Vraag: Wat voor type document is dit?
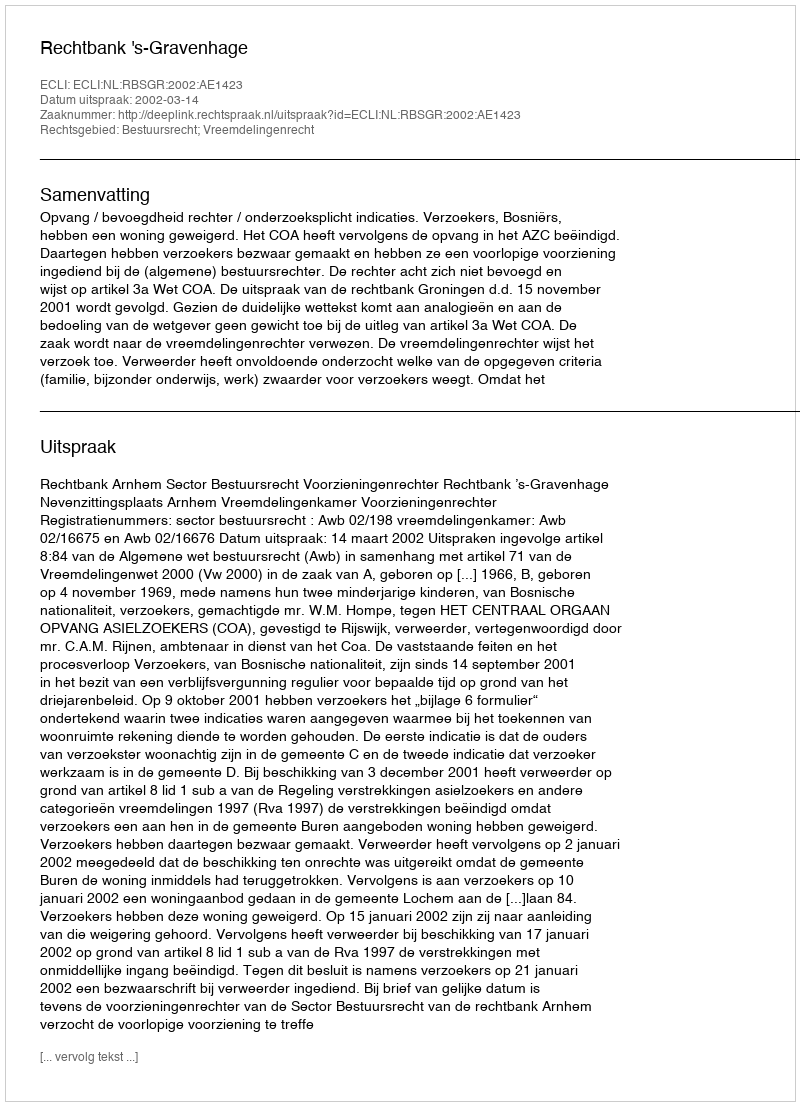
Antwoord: Uitspraak